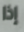
إذا